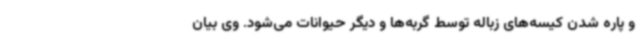
و پاره شدن کیسه‌های زباله توسط گربه‌ها و دیگر حیوانات می‌شود. وی بیان